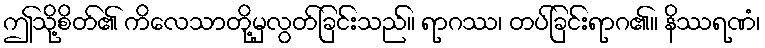
ဤသို့စိတ်၏ ကိလေသာတို့မှလွတ်ခြင်းသည်။ ရာဂဿ၊ တပ်ခြင်းရာဂ၏။ နိဿရဏံ၊